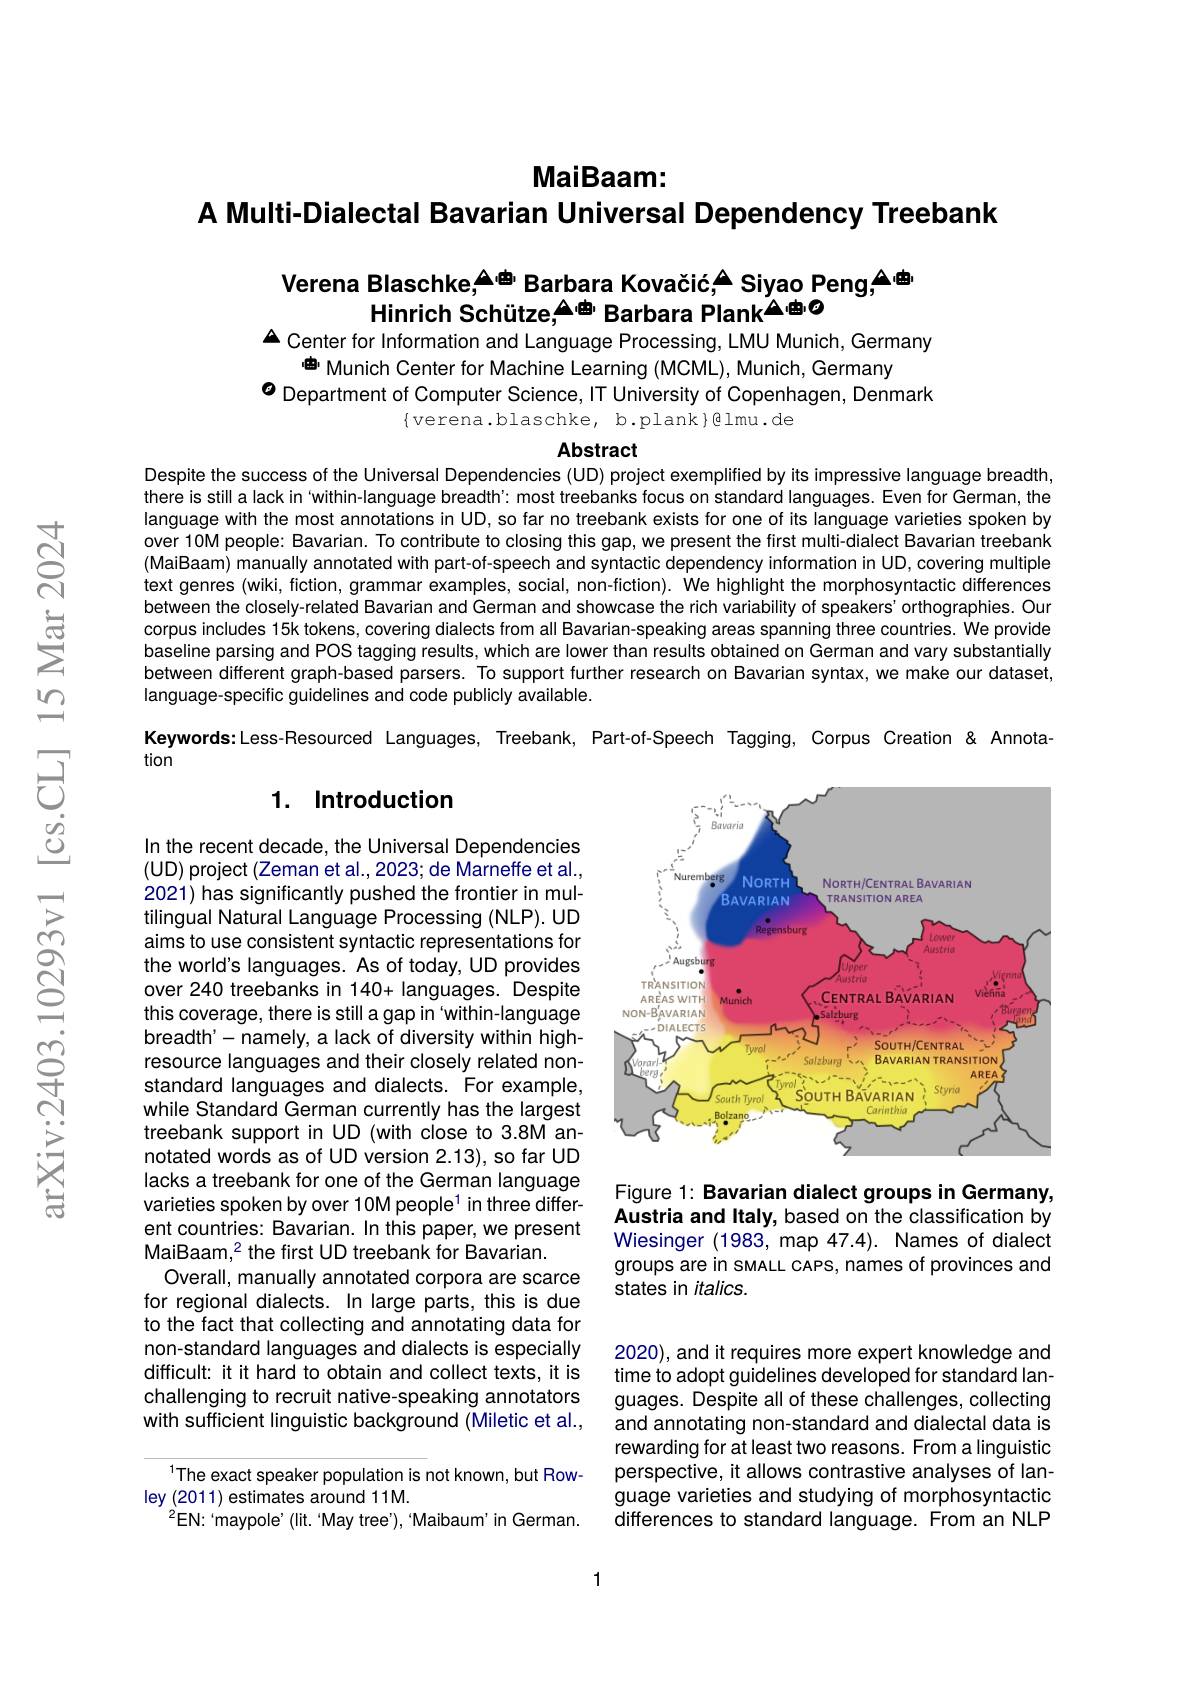
MaiBaam:
A Multi-Dialectal Bavarian Universal Dependency Treebank

# Verena Blaschke,$^{\textcircled{\Delta}\text{由}}$ Barbara Kovačić,▲Siyao Peng,▲电Hinrich Schütze,$^{\Delta\text{由}\prime}$ Barbara Plank$^{\Delta\text{由の}}$ $\Delta$ Center for Information and Language Processing, LMU Munich, Germany

曲 Munich Center for Machine Learning (MCML), Munich, Germany
$o$ Department of Computer Science, IT University of Copenhagen, Denmark
$\{$verena.blaschke, b.plank}@lmu.de

Abstract

Despite the success of the Universal Dependencies (UD) project exemplified by its impressive language breadth, there is still a lack in 'within-language breadth': most treebanks focus on standard languages. Even for German, the language with the most annotations in UD, so far no treebank exists for one of its language varieties spoken by over 10M people: Bavarian. To contribute to closing this gap, we present the first multi-dialect Bavarian treebank (MaiBaam) manually annotated with part-of-speech and syntactic dependency information in UD, covering multiple text genres (wiki, fiction, grammar examples, social, non-fiction). We highlight the morphosyntactic differences between the closely-related Bavarian and German and showcase the rich variability of speakers'orthographies. Our corpus includes 15k tokens, covering dialects from all Bavarian-speaking areas spanning three countries. We provide baseline parsing and POS tagging results, which are lower than results obtained on German and vary substantially between different graph-based parsers. To support further research on Bavarian syntax, we make our dataset, language-specific guidelines and code publicly available.

Keywords:Less-Resourced Languages, Treebank, Part-of-Speech Tagging, Corpus Creation & Annota-

tion

## 1. Introduction

<FigureHere>

In the recent decade, the Universal Dependencies (UD) project (Zeman et al., 2023; de Marneffe et al., 2021) has significantly pushed the frontier in multilingual Natural Language Processing (NLP). UD aims to use consistent syntactic representations for the world's languages. As of today, UD provides over 240 treebanks in 140+ languages. Despite this coverage, there is still a gap in "within-language breadth'- namely, a lack of diversity within highresource languages and their closely related nonstandard languages and dialects. For example, while Standard German currently has the largest treebank support in UD (with close to 3.8M annotated words as of UD version 2.13), so far UD lacks a treebank for one of the German language varieties spoken by over 10M people$^{1}$ in three different countries: Bavarian. In this paper, we present MaiBaam,$^2$ the first UD treebank for Bavarian.
Overall, manually annotated corpora are scarce for regional dialects. In large parts, this is due to the fact that collecting and annotating data for non-standard languages and dialects is especially difficult: it it hard to obtain and collect texts, it is challenging to recruit native-speaking annotators with sufficient linguistic background (Miletic et al.,

Figure 1: Bavarian dialect groups in Germany, Austria and Italy, based on the classification by Wiesinger (1983, map 47.4). Names of dialect groups are in sMALL CAPS, names of provinces and states in italics.

2020), and it requires more expert knowledge and time to adopt guidelines developed for standard languages. Despite all of these challenges, collecting and annotating non-standard and dialectal data is rewarding for at least two reasons. From a linguistic perspective, it allows contrastive analyses of language varieties and studying of morphosyntactic differences to standard language. From an NLP

$^{1}$The exact speaker population is not known, but Row-
ley (2011) estimates around 11M.
$^{2}$EN:“maypole’(lit.“May tree'),“Maibaum'in German.

1